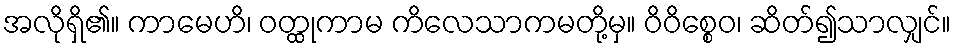
အလိုရှိ၏။ ကာမေဟိ၊ ဝတ္ထုကာမ ကိလေသာကမတို့မှ။ ဝိဝိစ္စေဝ၊ ဆိတ်၍သာလျှင်။